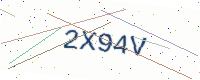
Text: 2X94V